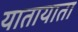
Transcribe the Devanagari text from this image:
यातायाता